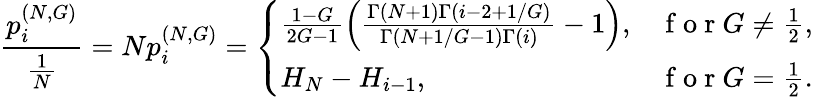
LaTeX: \frac{p_{i}^{(N,G)}}{\frac{1}{N}}=Np_{i}^{(N,G)}=\left\{ \begin{array}{ll}{\frac{1-G}{2G-1}\left(\frac{\Gamma(N+1)\Gamma(i-2+1/G)}{\Gamma(N+1/G-1)\Gamma(i)}-1\right),}&{\mathrm{~f~o~r~}G\neq\frac{1}{2},}\\ {H_{N}-H_{i-1},}&{\mathrm{~f~o~r~}G=\frac{1}{2}.}\end{array}\right.